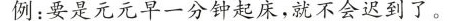
例：要是元元早一分钟起床，就不会迟到了。